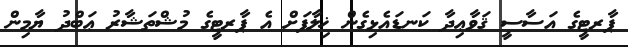
ޕާރޓީގެ އަސާސީ ޤަވާޢިދާ ކަނޑައެޅިގެން ޚިލާފަށް އެ ޕާރޓީގެ މުޝްތަޝާރު ޢަބްދު ޔާމިން